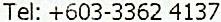
TEL: +603-3362 4137